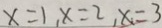
x = 1 , x = 2 , x = 3